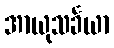
အာယုသင်္ခယာ